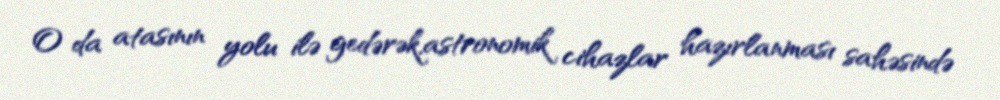
O da atasının yolu ilə gedərək,astronomik cihazlar hazırlanması sahəsində